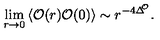
\lim _ { r \rightarrow 0 } \left\langle \mathcal { O } ( r ) \mathcal { O } ( 0 ) \right\rangle \sim r ^ { - 4 \Delta ^ { \! \! \mathcal { O } } } .